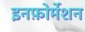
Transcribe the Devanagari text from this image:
इनफ़ोर्मेशन